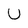
Character: U